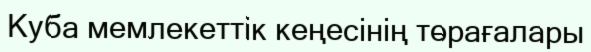
Куба мемлекеттік кеңесінің төрағалары